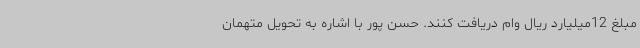
مبلغ 12میلیارد ریال وام دریافت کنند. حسن پور با اشاره به تحویل متهمان